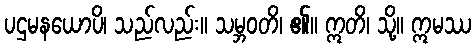
ပဌမနယောပိ၊ သည်လည်း။ သမ္ဘဝတိ၊ ၏။ ဣတိ၊ သို့။ ဣမဿ